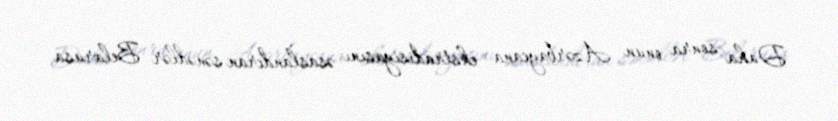
Daha sonra onun Azərbaycana ekstradisiyasını əsaslandıran sənədlər Belarusa